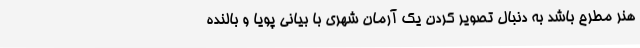
هنر مطرح باشد به دنبال تصویر کردن یک آرمان شهری با بیانی پویا و بالنده